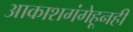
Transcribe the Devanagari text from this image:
आकाशगंगेहूनही